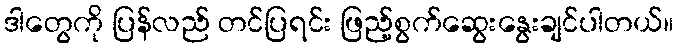
ဒါတွေကို ပြန်လည် တင်ပြရင်း ဖြည့်စွက်ဆွေးနွေးချင်ပါတယ်။